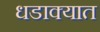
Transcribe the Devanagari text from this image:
धडाक्‍यात